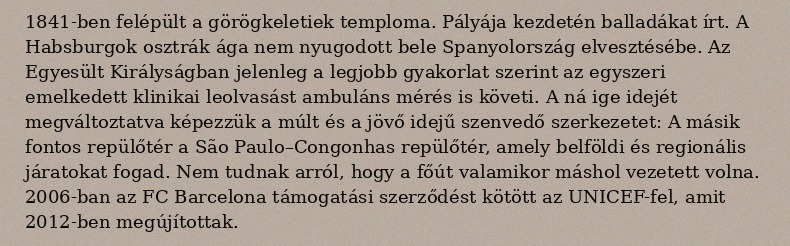
1841-ben felépült a görögkeletiek temploma. Pályája kezdetén balladákat írt. A Habsburgok osztrák ága nem nyugodott bele Spanyolország elvesztésébe. Az Egyesült Királyságban jelenleg a legjobb gyakorlat szerint az egyszeri emelkedett klinikai leolvasást ambuláns mérés is követi. A ná ige idejét megváltoztatva képezzük a múlt és a jövő idejű szenvedő szerkezetet: A másik fontos repülőtér a São Paulo–Congonhas repülőtér, amely belföldi és regionális járatokat fogad. Nem tudnak arról, hogy a főút valamikor máshol vezetett volna. 2006-ban az FC Barcelona támogatási szerződést kötött az UNICEF-fel, amit 2012-ben megújítottak.